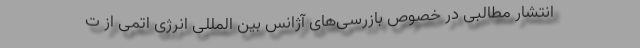
انتشار مطالبی در خصوص بازرسی‌های آژانس بین المللی انرژی اتمی از ت